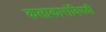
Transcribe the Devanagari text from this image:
कलाकारांविषयी